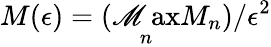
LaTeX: M(\epsilon)=(\operatorname*{\mathscr{M}ax}_{n}M_{n})/\epsilon^{2}